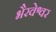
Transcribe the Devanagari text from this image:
भैरवेश्वर